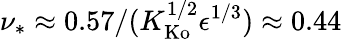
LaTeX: \nu_{*}\approx 0.57/(K_{\mathrm{Ko}}^{1/2}\epsilon^{1/3})\approx 0.44